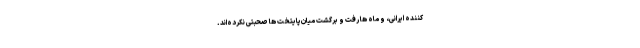
کننده ایرانی، و ماه ها رفت و برگشت میان‌پایتخت ها صحبتی نکرده‌اند.